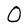
Character: O